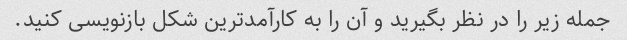
جمله زیر را در نظر بگیرید و آن را به کارآمدترین شکل بازنویسی کنید.